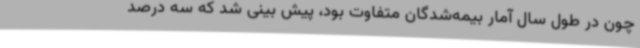
چون در طول سال آمار بیمه‌شدگان متفاوت بود، پیش بینی شد که سه درصد